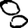
Digit: 8